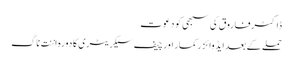
ڈاکٹر فاروق کی سبھی کو دعوت
حملے کے بعدایڈوائزر کمار اور چیف سیکریٹری کا دورہ اننت ناگ